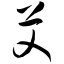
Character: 艾